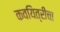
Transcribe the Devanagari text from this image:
कवयित्रींचा